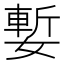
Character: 㜞